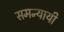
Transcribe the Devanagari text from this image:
समन्यायी